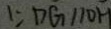
1 = D G / / O H